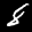
Label: 8